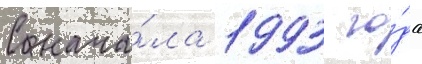
С нача́ла 1993 го́да